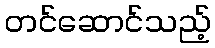
တင်ဆောင်သည့်